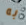
به